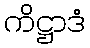
ကိဋ္ဌာဒံ